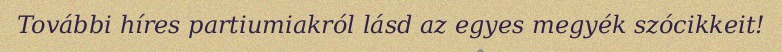
További híres partiumiakról lásd az egyes megyék szócikkeit!